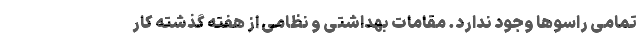
تمامی راسوها وجود ندارد. مقامات بهداشتی و نظامی از هفته گذشته کار